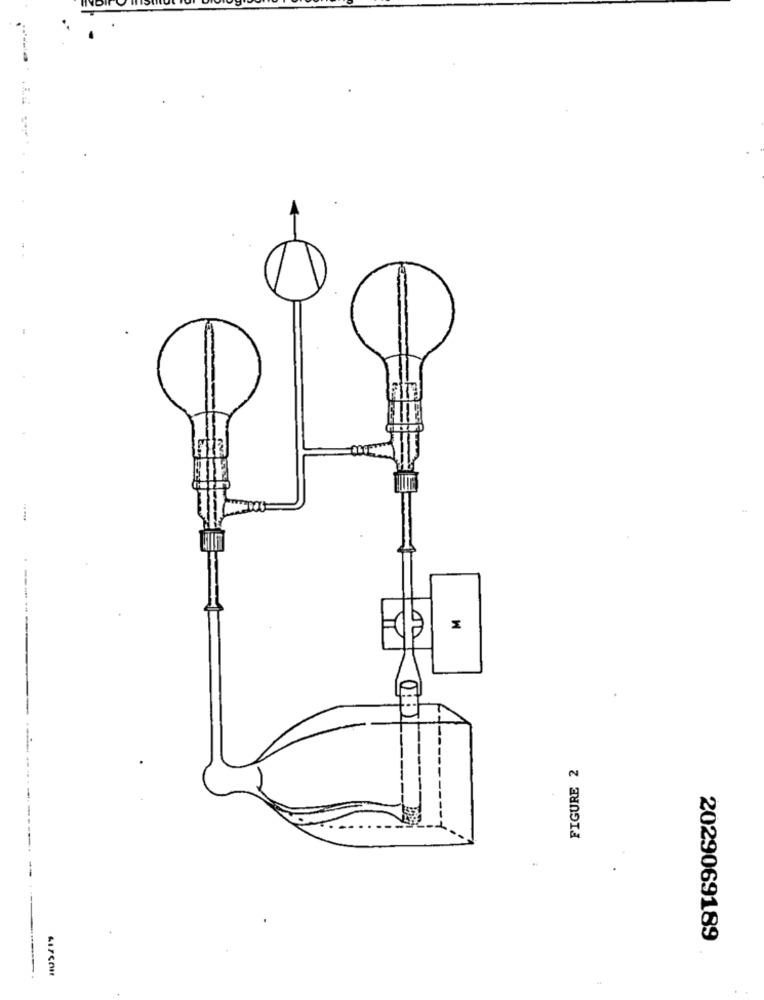
---
9
FIGURE 2
2029069189